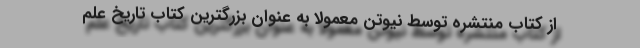
از کتاب منتشره توسط نیوتن معمولا به عنوان بزرگترین کتاب تاریخ علم